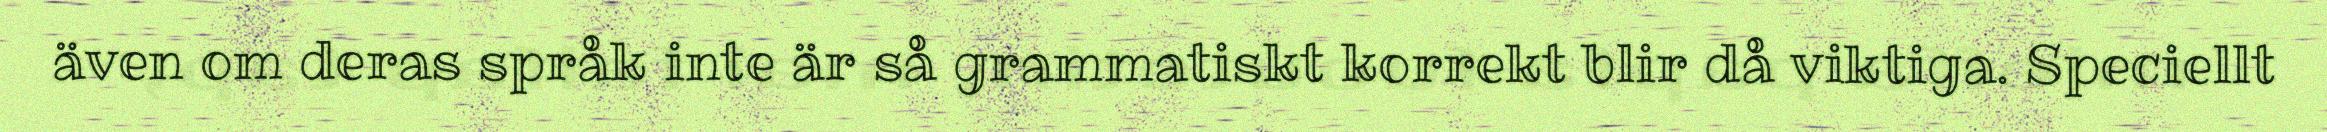
även om deras språk inte är så grammatiskt korrekt blir då viktiga. Speciellt